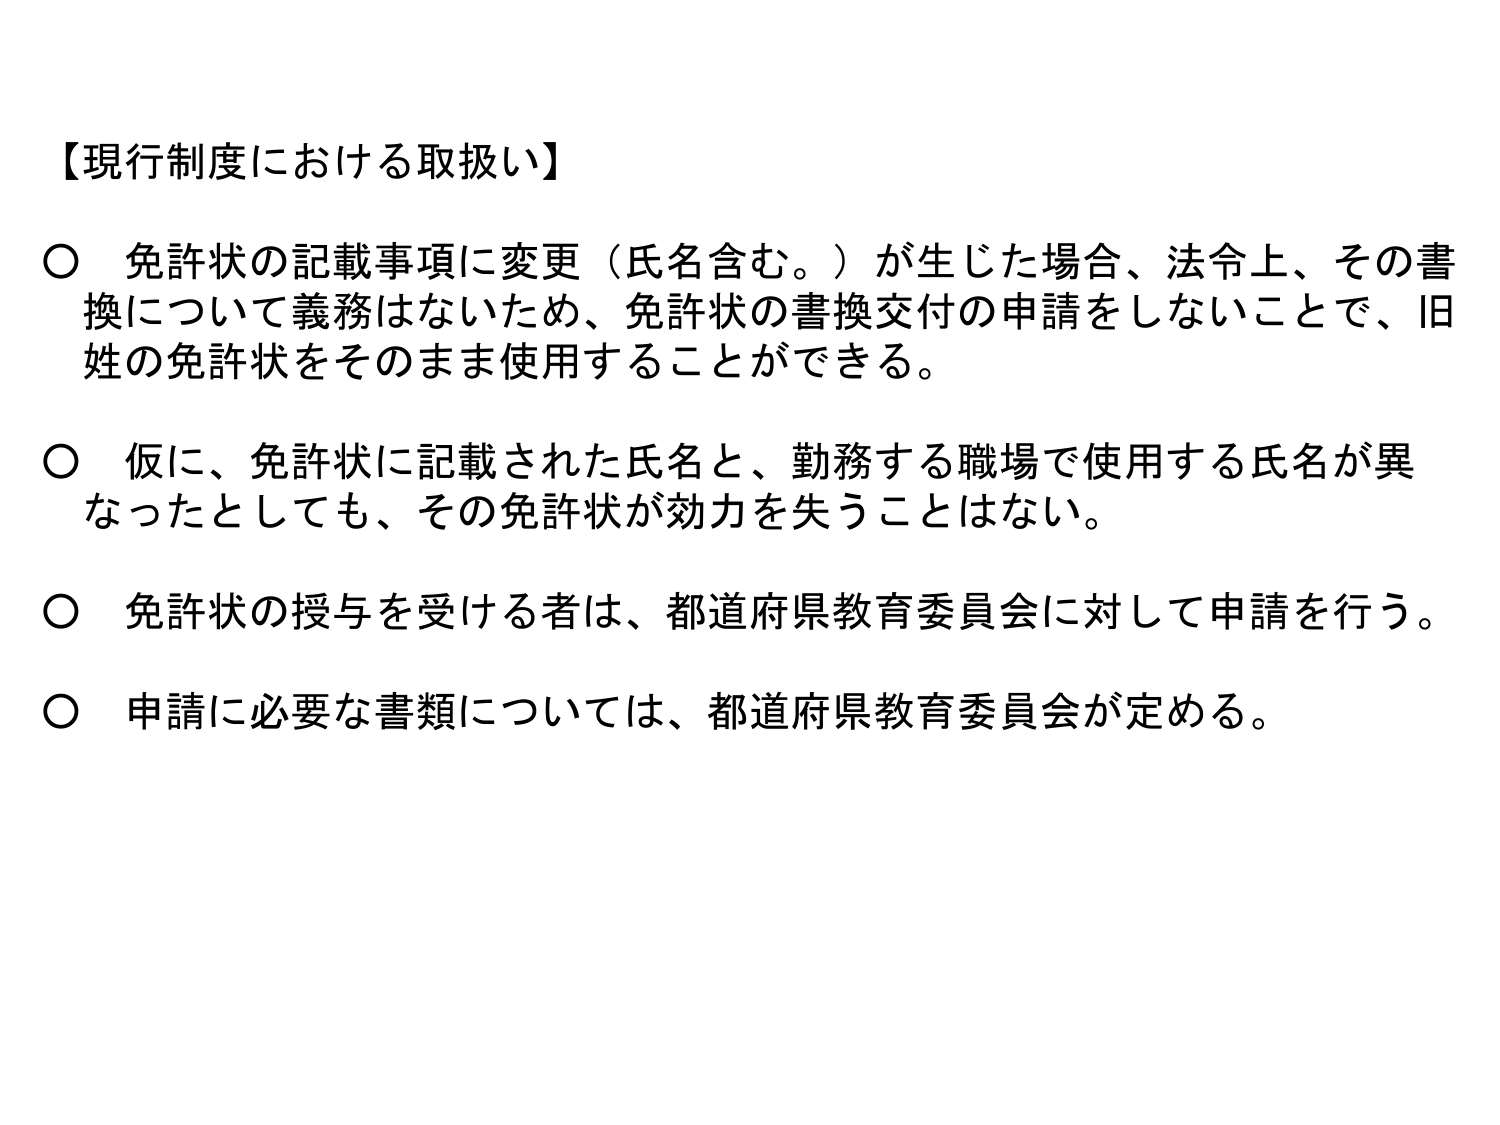
【現行制度における取扱い】

○ 免許状の記載事項に変更（氏名含む。）が生じた場合、法令上、その書換について義務はないため、免許状の書換交付の申請をしないことで、旧姓の免許状をそのまま使用することができる。

○ 仮に、免許状に記載された氏名と、勤務する職場で使用する氏名が異なったとしても、その免許状が効力を失うことはない。

○ 免許状の授与を受ける者は、都道府県教育委員会に対して申請を行う。

○ 申請に必要な書類については、都道府県教育委員会が定める。